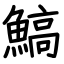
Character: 鰝